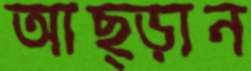
আছ্‌ড়ান